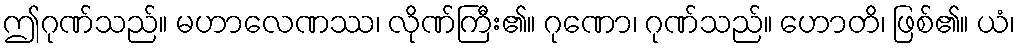
ဤဂုဏ်သည်။ မဟာလေဏဿ၊ လိုဏ်ကြီး၏။ ဂုဏော၊ ဂုဏ်သည်။ ဟောတိ၊ ဖြစ်၏။ ယံ၊